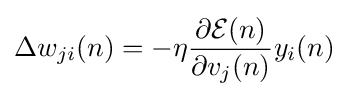
\Delta w_{ji}(n)=-\eta {\frac {\partial {\mathcal {E}}(n)}{\partial v_{j}(n)}}y_{i}(n)